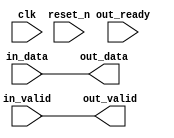
// --------------------------------------------------------------------------------
//| Avalon Streaming Timing Adapter
// --------------------------------------------------------------------------------

`timescale 1ns / 100ps
module jtag_to_ava_master_bridge_timing_adt (
    
      // Interface: clk
      input              clk,
      // Interface: reset
      input              reset_n,
      // Interface: in
      input              in_valid,
      input      [ 7: 0] in_data,
      // Interface: out
      output reg         out_valid,
      output reg [ 7: 0] out_data,
      input              out_ready
);




   // ---------------------------------------------------------------------
   //| Signal Declarations
   // ---------------------------------------------------------------------

   reg  [ 7: 0] in_payload;
   reg  [ 7: 0] out_payload;
   reg  [ 0: 0] ready;
   reg          in_ready;
   // synthesis translate_off
   always @(negedge in_ready) begin
      $display("%m: The downstream component is backpressuring by deasserting ready, but the upstream component can't be backpressured.");
   end
   // synthesis translate_on   


   // ---------------------------------------------------------------------
   //| Payload Mapping
   // ---------------------------------------------------------------------
   always @* begin
     in_payload = {in_data};
     {out_data} = out_payload;
   end

   // ---------------------------------------------------------------------
   //| Ready & valid signals.
   // ---------------------------------------------------------------------
   always @* begin
     ready[0] = out_ready;
     out_valid = in_valid;
     out_payload = in_payload;
     in_ready = ready[0];
   end




endmodule